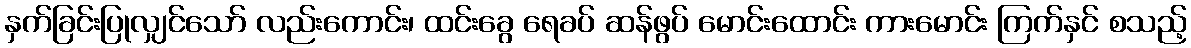
နှက်ခြင်းပြုလျှင်သော် လည်းကောင်း၊ ထင်းခွေ ရေခပ် ဆန်ဖွပ် မောင်းထောင်း ကားမောင်း ကြက်နှင် စသည့်